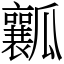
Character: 瓤